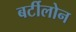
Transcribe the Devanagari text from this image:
बर्टीलोन